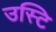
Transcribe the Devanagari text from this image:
उस्टि